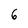
Character: 6